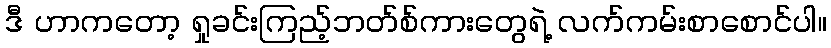
ဒီ ဟာကတော့ ရှုခင်းကြည့်ဘတ်စ်ကားတွေရဲ့ လက်ကမ်းစာစောင်ပါ။